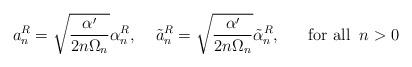
LaTeX: \begin{align*}a^R_n=\sqrt{\frac{\alpha'}{2n\Omega_n}}\alpha^R_n,\;\;\;\;\tilde{a}^R_n=\sqrt{\frac{\alpha'}{2n\Omega_n}}\tilde{\alpha}^R_n,\;\;\;\;\;\;\mbox{for all}\;\;n>0\end{align*}